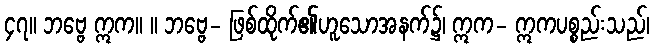
၄၇။ ဘဗ္ဗေ ဣက။ ။ ဘဗ္ဗေ- ဖြစ်ထိုက်၏ဟူသောအနက်၌၊ ဣက- ဣကပစ္စည်းသည်၊